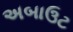
અબાઉટ